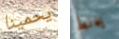
يحمينا يخلط